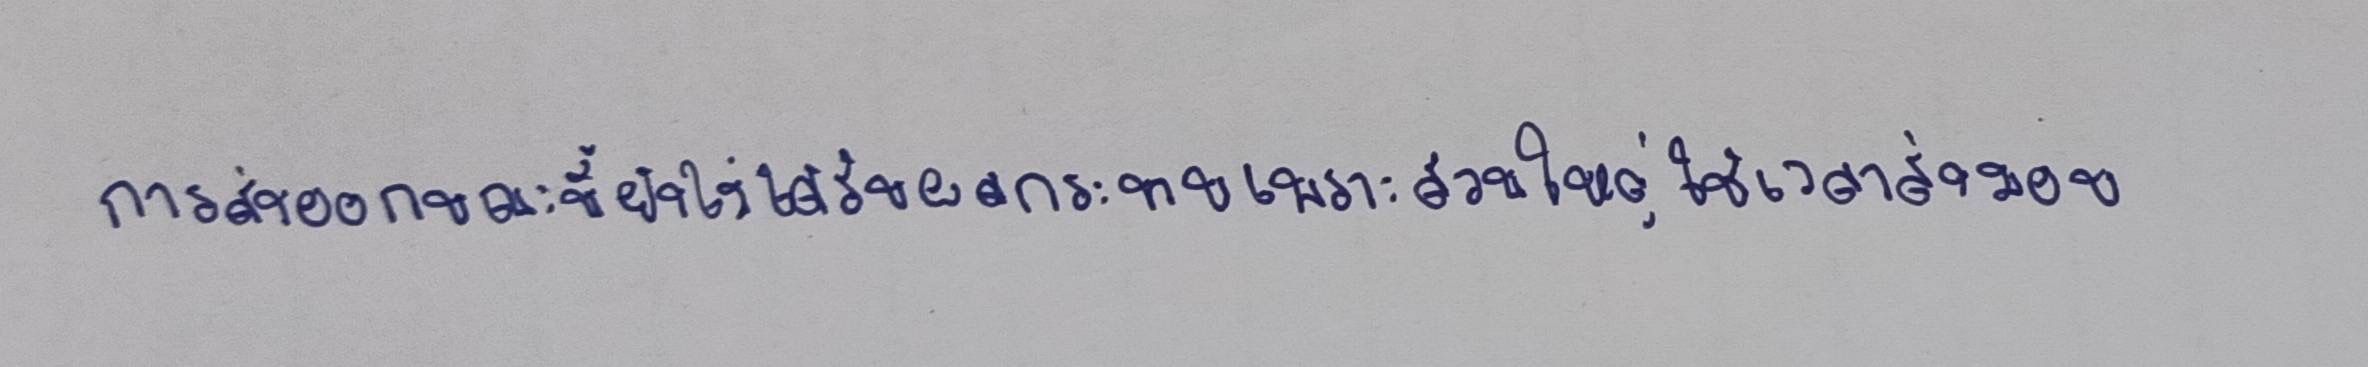
การส่งออกขณะนี้ยังไม่ได้รับผลกระทบเพราะส่วนใหญ่ใช้เวลาส่งมอบ